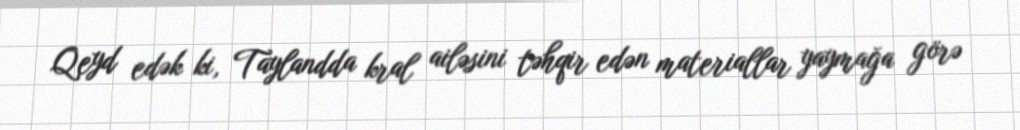
Qeyd edək ki, Taylandda kral ailəsini təhqir edən materiallar yaymağa görə